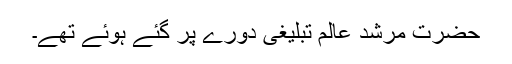
حضرت مرشد عالمؒ تبلیغی دورے پر گئے ہوئے تھے۔